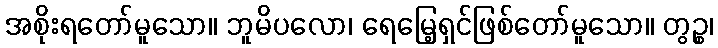
အစိုးရတော်မူသော။ ဘူမိပလော၊ ရေမြေ့ရှင်ဖြစ်တော်မူသော။ တွဉ္စ၊